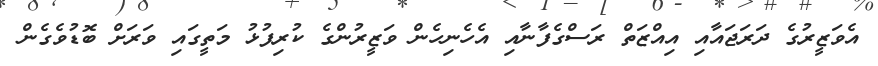
އެވަޒީރުގެ ދަރަޖައާއި އިއްޒަތް ރަސްގެފާނާއި އެހެނިހެން ވަޒީރުންގެ ކުރިފުޅު މަތީގައި ވަރަށް ބޮޑުވެގެން